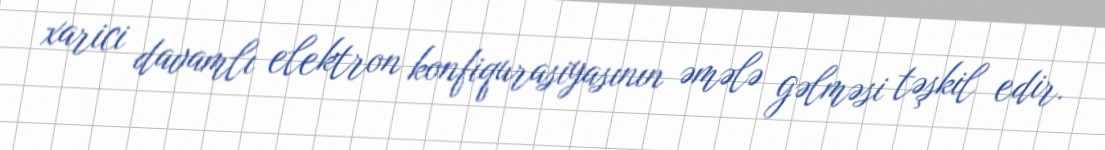
xarici davamlı elektron konfiqurasiyasının əmələ gəlməsi təşkil edir.